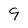
Character: 9